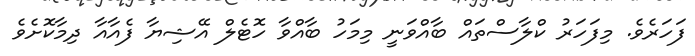
ފަހަރެވެ. މިފަހަރު ކްލާސްތައް ބާއްވަނީ މިމަހު ބާއްވާ ހޮޓެލް އޭޝިޔާ ފެއާއާ ދިމާކޮށެވެ